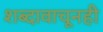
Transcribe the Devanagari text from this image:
शब्दावाचूनही